Black-water fever - Number 35
Disease focus: Fever
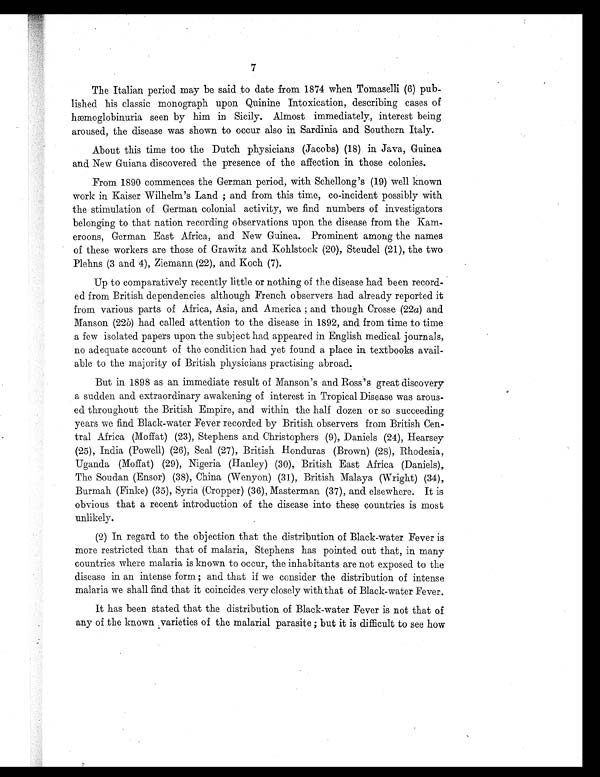
7
The Italian period may be said to date from 1874 when Tomaselli (6) pub-
lished his classic monograph upon Quinine Intoxication, describing cases of
hæmoglobinuria seen by him in Sicily. Almost immediately, interest being
aroused, the disease was shown to occur also in Sardinia and Southern Italy.
About this time too the Dutch physicians (Jacobs) (18) in Java, Guinea
and New Guiana discovered the presence of the affection in those colonies.
From 1890 commences the German period, with Schellong's (19) well known
work in Kaiser Wilhelm's Land ; and from this time, co-incident possibly with
the stimulation of German colonial activity, we find numbers of investigators
belonging to that nation recording observations upon the disease from the Kam-
eroons, German East Africa, and New Guinea. Prominent among the names
of these workers are those of Grawitz and Kohlstock (20), Steudel (21), the two
Plehns (3 and 4), Ziemann (22), and Koch (7).
Up to comparatively recently little or nothing of the disease had been record-
ed from British dependencies although French observers had already reported it
from various parts of Africa, Asia, and America ; and though Crosse (22a) and
Manson (22 b) had called attention to the disease in 1892, and from time to time
a few isolated papers upon the subject had appeared in English medical journals,
no adequate account of the condition had yet found a place in textbooks avail-
able to the majority of British physicians practising abroad.
But in 1898 as an immediate result of Manson's and Ross's great discovery
a sudden and extraordinary awakening of interest in Tropical Disease was arous-
ed throughout the British Empire, and within the half dozen or so succeeding
years we find Black-water Fever recorded by British observers from British Cen-
tral Africa (Moffat) (23), Stephens and Christophers (9), Daniels (24), Hearsey
(25), India (Powell) (26), Seal (27), British Honduras (Brown) (28), Rhodesia,
Uganda (Moffat) (29), Nigeria (Hanley) (30), British East Africa (Daniels),
The Soudan (Ensor) (38), China (Wenyon) (31), British Malaya (Wright) (34),
Burmah (Finke) (35), Syria. (Cropper) (36), Masterman (37), and elsewhere. It is
obvious that a recent introduction of the disease into these countries is most
unlikely.
(2) In regard to the objection that the distribution of Black-water Fever is
more restricted than that of malaria, Stephens has pointed out that, in many
countries where malaria is known to occur, the inhabitants are not exposed to the
disease in an intense form ; and that if we consider the distribution of intense
malaria we shall find that it coincides very closely with that of Black-water Fever.
It has been stated that the distribution of Black-water Fever is not that of
any of the known varieties of the malarial parasite ; but it is difficult to see how